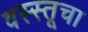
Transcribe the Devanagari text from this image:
वस्स्तूचा